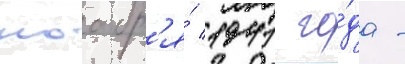
ноабр'я́ 1941 го́да -